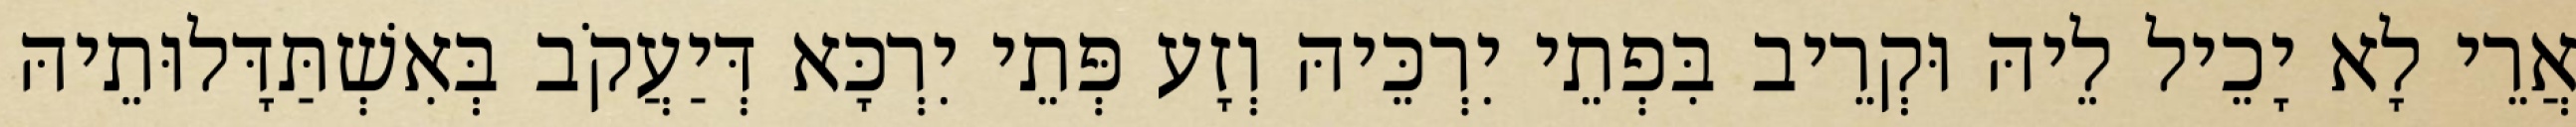
אֲרֵי לָא יָכֵיל לֵיהּ וּקְרֵיב בִּפְתֵי יִרְכֵּיהּ וְזָע פְּתֵי יִרְכָּא דְּיַעֲקֹב בְּאִשְׁתַּדָּלוּתֵיהּ